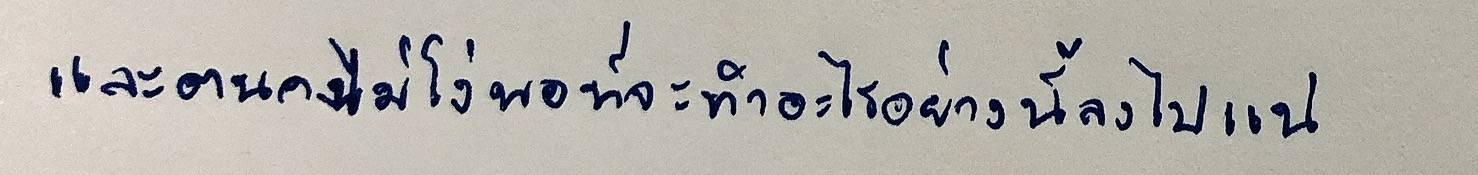
และตนคงไม่โง่พอที่จะทำอะไรอย่างนี้ลงไปแน่